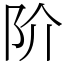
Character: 阶